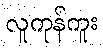
လူကုန်ကူး